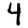
Digit: 4